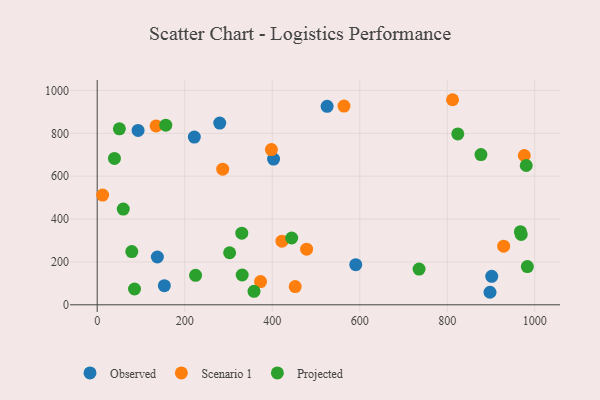
{"axis": {"x": "Speed", "y": "Fuel Efficiency"}, "legend": ["Observed", "Projected", "Scenario 1"], "data": [{"x": "901.5", "y": 133.0, "type": "Observed"}, {"x": "403.0", "y": 680.1, "type": "Observed"}, {"x": "897.6", "y": 58.5, "type": "Observed"}, {"x": "93.4", "y": 813.4, "type": "Observed"}, {"x": "280.0", "y": 847.7, "type": "Observed"}, {"x": "221.9", "y": 782.5, "type": "Observed"}, {"x": "137.5", "y": 223.0, "type": "Observed"}, {"x": "525.4", "y": 926.1, "type": "Observed"}, {"x": "153.4", "y": 89.4, "type": "Observed"}, {"x": "590.8", "y": 187.2, "type": "Observed"}, {"x": "12.4", "y": 511.8, "type": "Scenario 1"}, {"x": "975.9", "y": 696.6, "type": "Scenario 1"}, {"x": "812.0", "y": 956.8, "type": "Scenario 1"}, {"x": "563.9", "y": 927.4, "type": "Scenario 1"}, {"x": "422.2", "y": 296.8, "type": "Scenario 1"}, {"x": "452.4", "y": 85.1, "type": "Scenario 1"}, {"x": "478.5", "y": 259.5, "type": "Scenario 1"}, {"x": "928.8", "y": 273.5, "type": "Scenario 1"}, {"x": "373.3", "y": 108.2, "type": "Scenario 1"}, {"x": "134.6", "y": 834.8, "type": "Scenario 1"}, {"x": "398.1", "y": 724.1, "type": "Scenario 1"}, {"x": "286.8", "y": 632.7, "type": "Scenario 1"}, {"x": "39.4", "y": 683.0, "type": "Projected"}, {"x": "444.4", "y": 311.8, "type": "Projected"}, {"x": "358.3", "y": 63.0, "type": "Projected"}, {"x": "968.9", "y": 328.6, "type": "Projected"}, {"x": "85.3", "y": 73.7, "type": "Projected"}, {"x": "824.0", "y": 797.4, "type": "Projected"}, {"x": "876.9", "y": 701.1, "type": "Projected"}, {"x": "224.8", "y": 137.8, "type": "Projected"}, {"x": "156.7", "y": 838.3, "type": "Projected"}, {"x": "59.5", "y": 446.7, "type": "Projected"}, {"x": "735.5", "y": 166.8, "type": "Projected"}, {"x": "330.4", "y": 334.1, "type": "Projected"}, {"x": "983.0", "y": 178.2, "type": "Projected"}, {"x": "967.1", "y": 341.0, "type": "Projected"}, {"x": "980.4", "y": 649.9, "type": "Projected"}, {"x": "302.6", "y": 242.9, "type": "Projected"}, {"x": "331.3", "y": 139.2, "type": "Projected"}, {"x": "79.1", "y": 248.2, "type": "Projected"}, {"x": "50.7", "y": 821.1, "type": "Projected"}]}